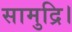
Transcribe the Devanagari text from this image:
सामुद्रि।